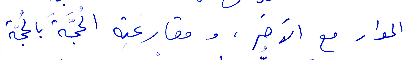
الحوار مع الاخر، ومقارعته الحجّة بالحجّة